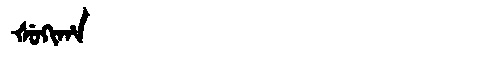
Manchu: ᡧᡠᡴᡳᡥᠠ
Romanization: ŠUKIHA